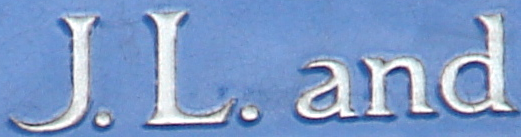
J.L. and